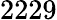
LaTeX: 2229